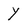
Character: Y